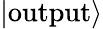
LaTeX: |\mathrm{output}\rangle